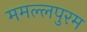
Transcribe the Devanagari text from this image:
ममल्लपुरम